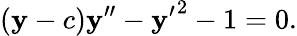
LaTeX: (\mathbf{y}-c)\mathbf{y}^{\prime\prime}-{\mathbf{y}^{\prime}}^{2}-1=0.